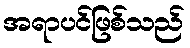
အရာပင်ဖြစ်သည်